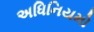
અધિનિયમો